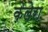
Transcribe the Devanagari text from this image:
केलेरा